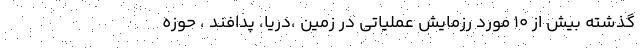
گذشته بیش از ۱۰ مورد رزمایش عملیاتی در زمین ،دریا، پدافند ، حوزه